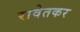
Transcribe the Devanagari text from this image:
रावेतकर